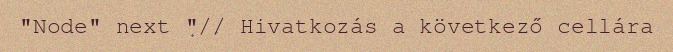
"Node" next "// Hivatkozás a következő cellára